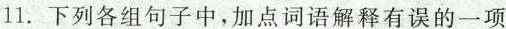
11.下列各组句子中，加点词语解释有误的一项